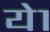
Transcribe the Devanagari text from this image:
ये१